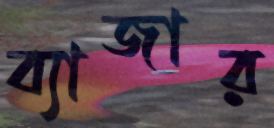
ব্যাজার